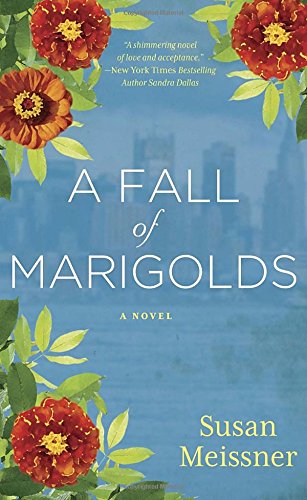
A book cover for A Fall of Marigolds; Susan Meissner; Romance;